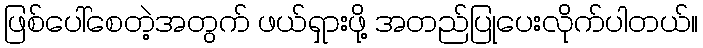
ဖြစ်ပေါ်စေတဲ့အတွက် ဖယ်ရှားဖို့ အတည်ပြုပေးလိုက်ပါတယ်။